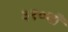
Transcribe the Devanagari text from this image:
३१०वाँ